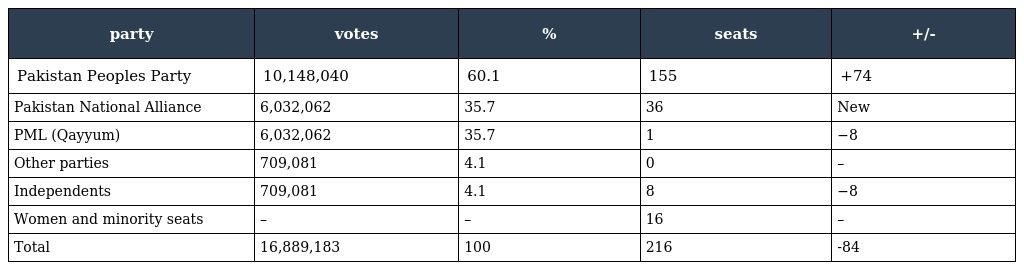
| party | votes | % | seats | +/- |
 | --- | --- | --- | --- | --- |
 | Pakistan Peoples Party | 10,148,040 | 60.1 | 155 | +74 |
 | Pakistan National Alliance | 6,032,062 | 35.7 | 36 | New |
 | PML (Qayyum) | 6,032,062 | 35.7 | 1 | −8 |
 | Other parties | 709,081 | 4.1 | 0 | – |
 | Independents | 709,081 | 4.1 | 8 | −8 |
 | Women and minority seats | – | – | 16 | – |
 | Total | 16,889,183 | 100 | 216 | -84 |